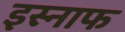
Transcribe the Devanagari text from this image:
इस्नाफ